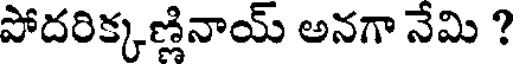
పోదరిక్కణ్ణినాయ్ అనగా నేమి ?